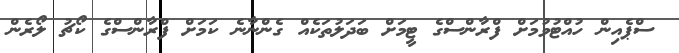
ސްޕެއިން ހުއްޓުވުމަށް ފްރާންސްގެ ޓީމަށް ބަދަލުތަކެއް ގެންނާނެ ކަމަށް ފްރާންސްގެ ކޯޗު ލޯރެން